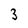
Character: 3